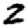
Digit: 2